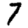
Digit: 7